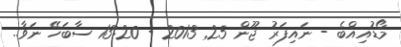
މޯޑުއިއްބެ - ނައިފަރު ޖޫން 25